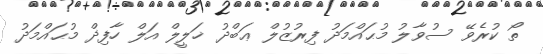
ތޯ ކުރެވޭ ސުވާލު މުޙައްމަދު ފިރުޒުލް ޢަބްދު ޚަލީލް އަލް ހާފިޛް މުޙައްމަދު